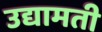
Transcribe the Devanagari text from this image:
उद्यामती